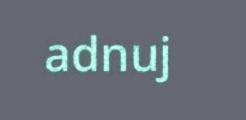
adnuj